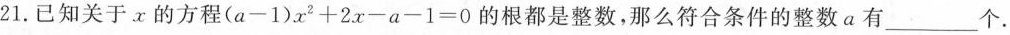
21. 已知关于x的方程$$(a-1)x^{2}+2x-a-1=0$$的根都是整数，那么符合条件的整数a有___个。